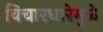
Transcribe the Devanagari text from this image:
विचारधारेमुळे